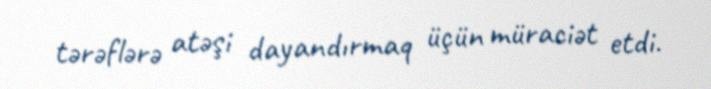
tərəflərə atəşi dayandırmaq üçün müraciət etdi.